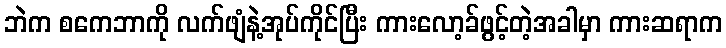
ဘဲက စကေဘာကို လက်ဖျံနဲ့အုပ်ကိုင်ပြီး ကားလော့ခ်ဖွင့်တဲ့အခါမှာ ကားဆရာက